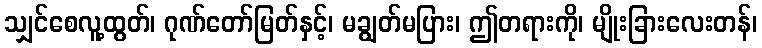
သျှင်စေလူ့ထွတ်၊ ဂုဏ်တော်မြတ်နှင့်၊ မချွတ်မပြား၊ ဤတရားကို၊ မျိုးခြားလေးတန်၊